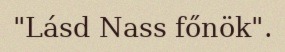
"Lásd Nass főnök".